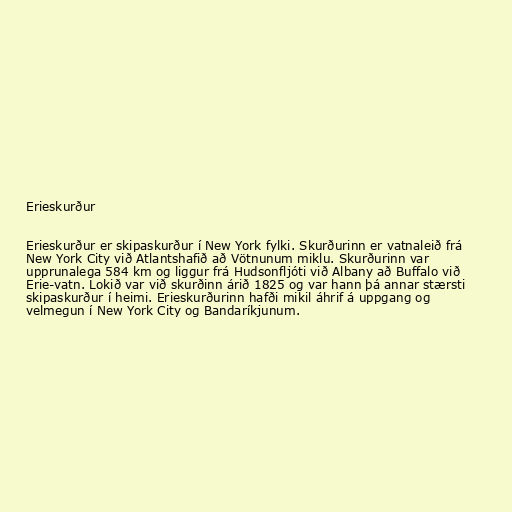
Erieskurður

Erieskurður er skipaskurður í New York fylki. Skurðurinn er vatnaleið frá
New York City við Atlantshafið að Vötnunum miklu. Skurðurinn var
upprunalega 584 km og liggur frá Hudsonfljóti við Albany að Buffalo við
Erie-vatn. Lokið var við skurðinn árið 1825 og var hann þá annar stærsti
skipaskurður í heimi. Erieskurðurinn hafði mikil áhrif á uppgang og
velmegun í New York City og Bandaríkjunum.